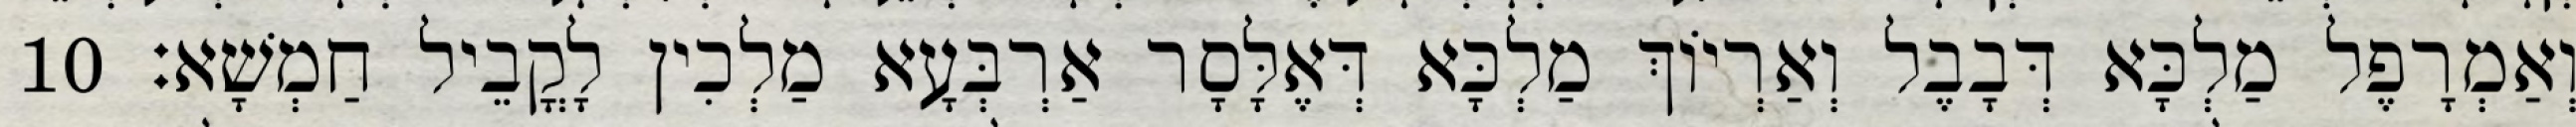
וְאַמְרָפֶל מַלְכָּא דְּבָבֶל וְאַרְיוֹךְ מַלְכָּא דְּאֶלָּסָר אַרְבְּעָא מַלְכִין לָקֳבֵיל חַמְשָׁא׃ 10